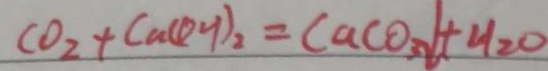
C O _ { 2 } + C a ( O H ) _ { 2 } = C a C O _ { 3 } \downarrow + H _ { 2 } O